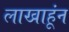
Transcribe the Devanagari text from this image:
लाखाहूंन